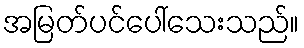
အမြတ်ပင်ပေါ်သေးသည်။